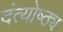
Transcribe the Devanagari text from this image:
दंत्योष्ठ्य